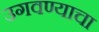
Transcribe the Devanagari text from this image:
उगवण्याचा